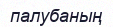
палубаның